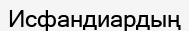
Исфандиардың